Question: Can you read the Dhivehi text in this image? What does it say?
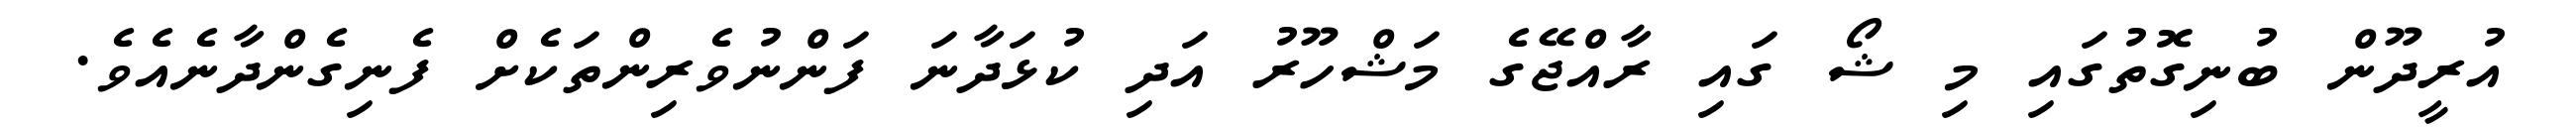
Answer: އުރީދޫން ބުނިގޮތުގައި މި ޝޯ ގައި ރާއްޖޭގެ މަޝްހޫރު އަދި ކުޅަދާނަ ފަންނުވެރިންތަކެށް ފެނިގެންދާނެއެވެ.